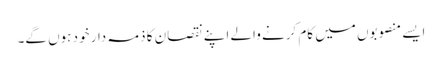
ایسے منصوبوں میں کام کرنے والے اپنے نقصان کا ذمہ دار خود ہوں گے۔